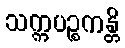
သက္ကပဉ္စကန္တိ